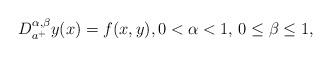
LaTeX: \begin{align*}D_{a^+}^{\alpha,\beta}y(x)=f(x,y),0<\alpha<1,\, 0\leq\beta\leq1,\end{align*}